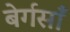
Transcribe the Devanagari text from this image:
बेर्गसाँ